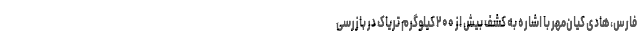
فارس‌،هادی کیان‌مهر با اشاره به کشف بیش از ۲۰۰ کیلوگرم تریاک در بازرسی